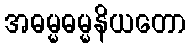
အဓမ္မဓမ္မနိယတော